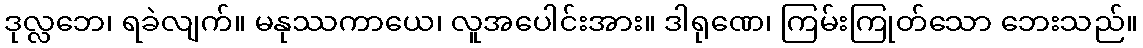
ဒုလ္လဘေ၊ ရခဲလျက်။ မနုဿကာယေ၊ လူအပေါင်းအား။ ဒါရုဏေ၊ ကြမ်းကြုတ်သော ဘေးသည်။